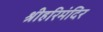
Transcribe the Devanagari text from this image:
श्रीहरिमंदिर